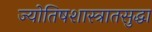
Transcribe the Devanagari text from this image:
ज्योतिषशास्त्रातसुद्धा